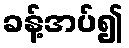
ခန့်အပ်၍